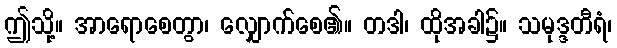
ဤသို့။ အာရောစေတွာ၊ လျှောက်စေ၏။ တဒါ၊ ထိုအခါ၌။ သမုဒ္ဒတီရံ၊